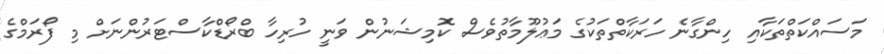
މަސައްކަތްތަކާއި ހިންގާނެ ހަރަކާތްތަކުގެ މަޢުލޫމާތުވެސް ކޮމިޝަނުން ވަނީ ހުރިހާ ބްރޯޑްކާސްޓަރުންނަށް މި ފޯރަމްގެ